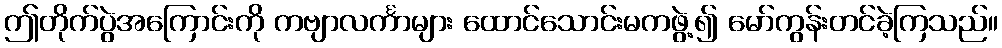
ဤတိုက်ပွဲအကြောင်းကို ကဗျာလင်္ကာများ ထောင်သောင်းမကဖွဲ့၍ မော်ကွန်းတင်ခဲ့ကြသည်။